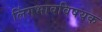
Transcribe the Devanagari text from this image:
लिंगभावविषयक